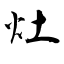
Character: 灶